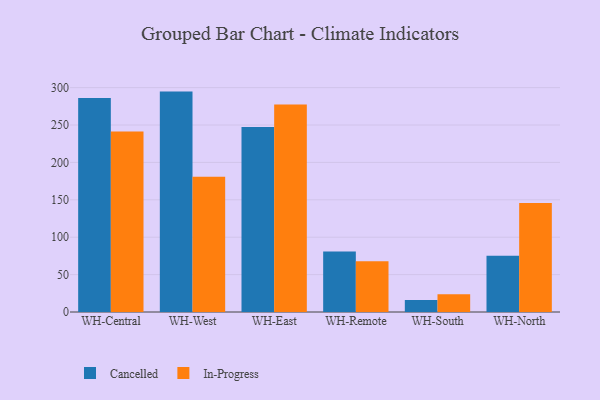
{"axis": {"x": "Warehouse", "y": "Latency (ms)"}, "legend": ["Cancelled", "In-Progress"], "data": [{"x": "WH-Central", "y": 286.0, "type": "Cancelled"}, {"x": "WH-Central", "y": 241.2, "type": "In-Progress"}, {"x": "WH-West", "y": 294.7, "type": "Cancelled"}, {"x": "WH-West", "y": 180.8, "type": "In-Progress"}, {"x": "WH-East", "y": 247.5, "type": "Cancelled"}, {"x": "WH-East", "y": 277.4, "type": "In-Progress"}, {"x": "WH-Remote", "y": 80.9, "type": "Cancelled"}, {"x": "WH-Remote", "y": 67.8, "type": "In-Progress"}, {"x": "WH-South", "y": 16.2, "type": "Cancelled"}, {"x": "WH-South", "y": 23.8, "type": "In-Progress"}, {"x": "WH-North", "y": 75.3, "type": "Cancelled"}, {"x": "WH-North", "y": 145.9, "type": "In-Progress"}]}